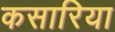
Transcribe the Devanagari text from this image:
कसारिया